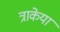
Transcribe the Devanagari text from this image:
त्राकेया